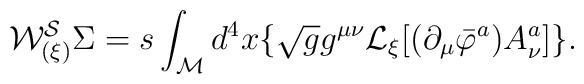
{\cal W^{S}_{(\xi)}} \Sigma = s \int_{\cal M} d^{4}x \lbrace                              \sqrt{g} g^{\mu\nu} {\cal L}_{\xi} \lbrack                              ( \partial_{\mu} \bar{\varphi}^{a} )                              A^{a}_{\nu} \rbrack \rbrace .